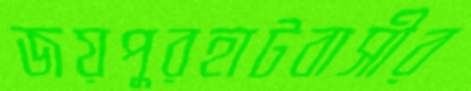
জয়পুরহাটবাসীর